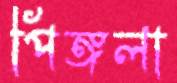
পিঙ্গলা